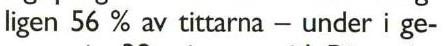
ligen 56 % av tittarna - under i ge-